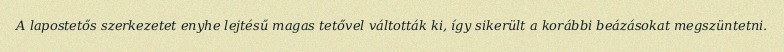
A lapostetős szerkezetet enyhe lejtésű magas tetővel váltották ki, így sikerült a korábbi beázásokat megszüntetni.